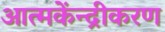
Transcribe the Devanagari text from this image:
आत्मकेंन्द्रीकरण